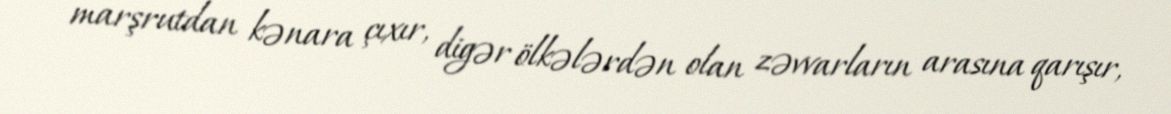
marşrutdan kənara çıxır, digər ölkələrdən olan zəvvarların arasına qarışır,